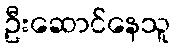
ဦးဆောင်နေသူ